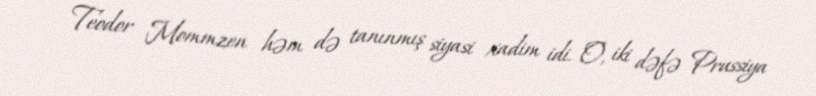
Teodor Mommzen həm də tanınmış siyasi xadim idi. O, iki dəfə Prussiya